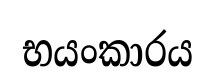
භයංකාරය